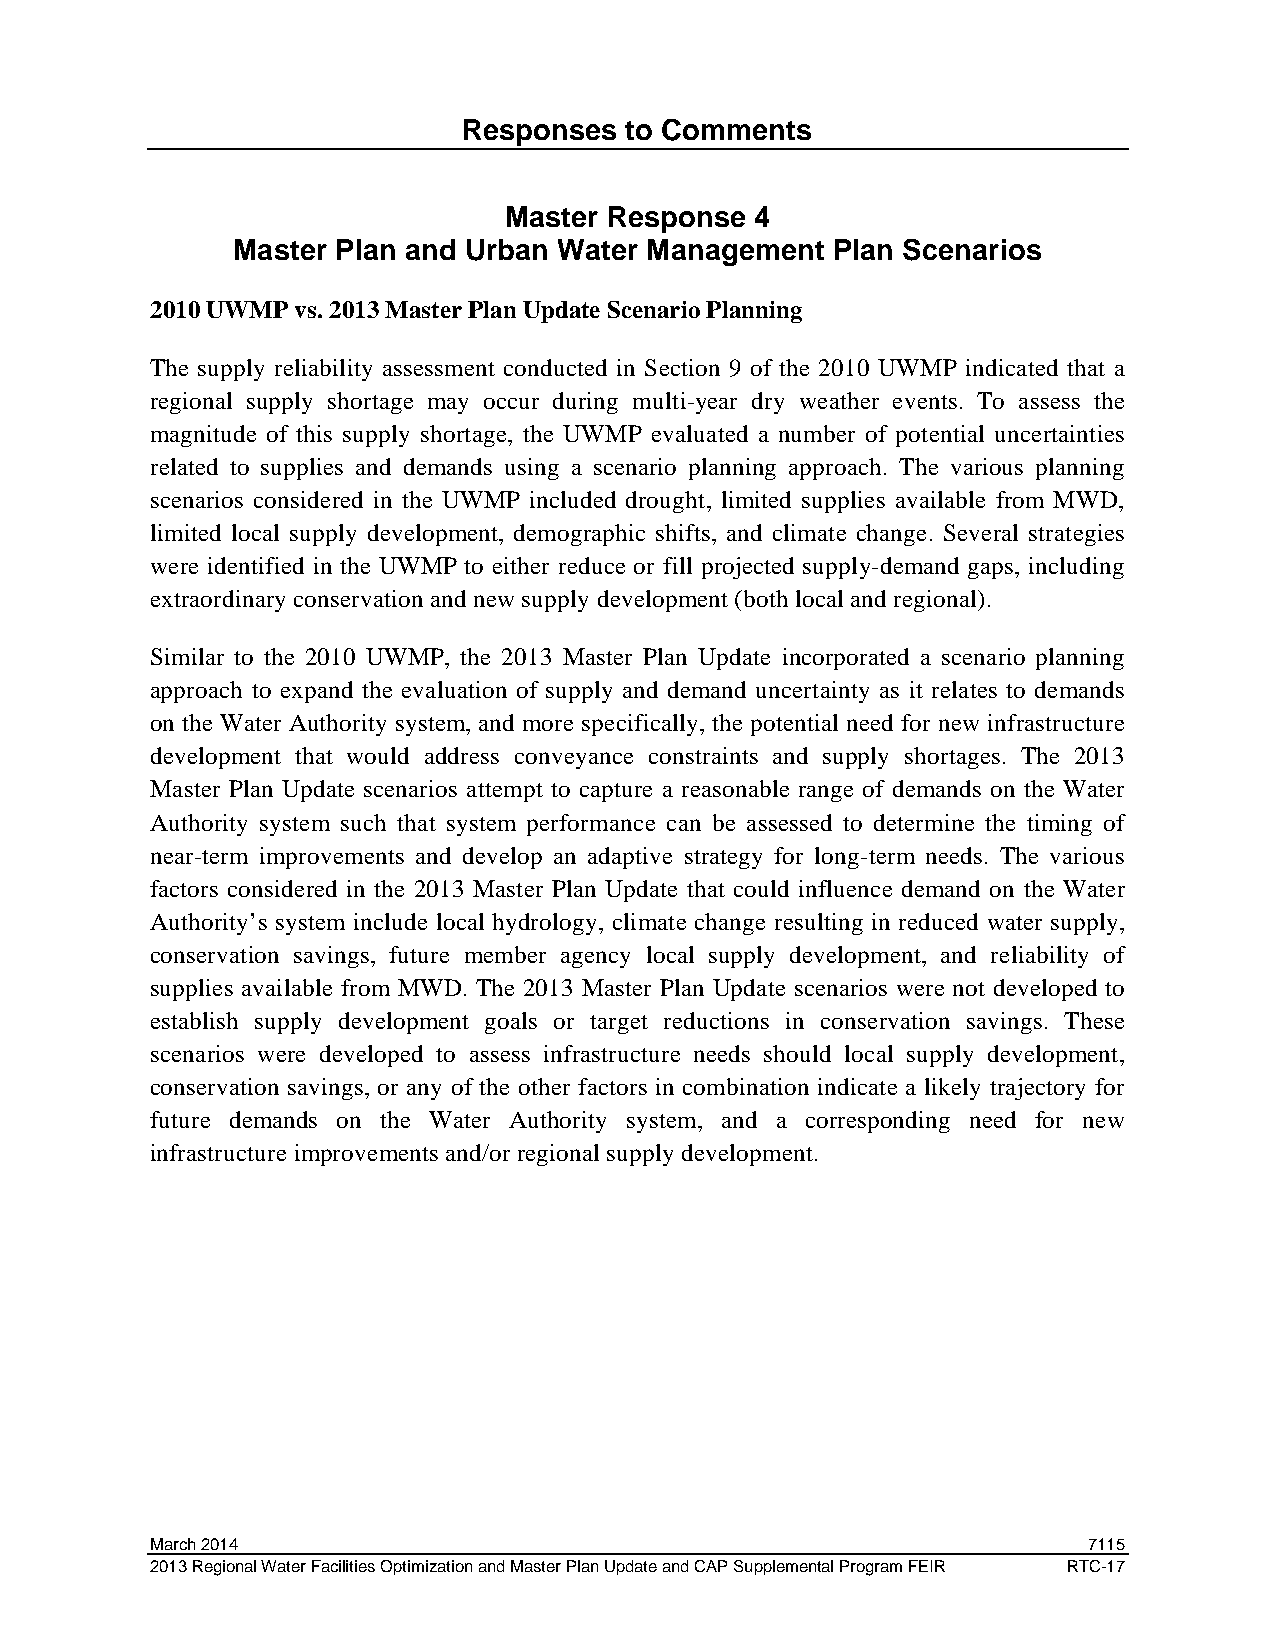
Responses to Comments
 Master Response  4
 Master Plan and Urban Water Management  Plan Scenarios
 2010 UWMP vs. 2013 Master Plan Update Scenario Planning
 The supply reliability assessment conducted in Section 9 of the 2010 UWMP indicated that a
 regional supply shortage may occur during multi-year dry weather events. To assess the
 magnitude of this supply shortage, the UWMP evaluated a number of potential uncertainties
 related to supplies and demands using a scenario planning approach. The various planning
 scenarios considered in the UWMP included drought, limited supplies available from MWD,
 limited local supply development, demographic shifts, and climate change. Several strategies
 were identified in the UWMP to either reduce or fill projected supply-demand gaps, including
 extraordinary conservation and new supply development (both local and regional).
 Similar to the 2010 UWMP, the 2013 Master Plan Update incorporated a scenario planning
 approach to expand the evaluation of supply and demand uncertainty as it relates to demands
 on the Water Authority system, and more specifically, the potential need for new infrastructure
 development that would address conveyance constraints and supply shortages. The 2013
 Master Plan Update scenarios attempt to capture a reasonable range of demands on the Water
 Authority system such that system performance can be assessed to determine the timing of
 near-term improvements and develop an adaptive strategy for long-term needs. The various
 factors considered in the 2013 Master Plan Update that could influence demand on the Water
 Authority’s system include local hydrology, climate change resulting in reduced water supply,
 conservation savings, future member agency local supply development, and reliability of
 supplies available from MWD. The 2013 Master Plan Update scenarios were not developed to
 establish supply development goals or target reductions in conservation savings. These
 scenarios were developed to assess infrastructure needs should local supply development,
 conservation savings, or any of the other factors in combination indicate a likely trajectory for
 future demands on the Water Authority system, and a corresponding need for new
 infrastructure improvements and/or regional supply development.
 March 2014                                                    7115
 2013 Regional Water Facilities Optimization and Master Plan Update and CAP Supplemental Program FEIR RTC-17